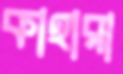
কাহারা